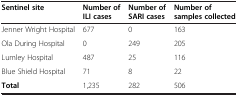
| Sentinel site | Number of ILI cases | Number of SARI cases | Number of samples collected |
 | --- | --- | --- | --- |
 | Jenner Wright Hospital | 677 | 0 | 163 |
 | Ola During Hospital | 0 | 249 | 205 |
 | Lumley Hospital | 487 | 25 | 116 |
 | Blue Shield Hospital | 71 | 8 | 22 |
 | Total | 1,235 | 282 | 506 |